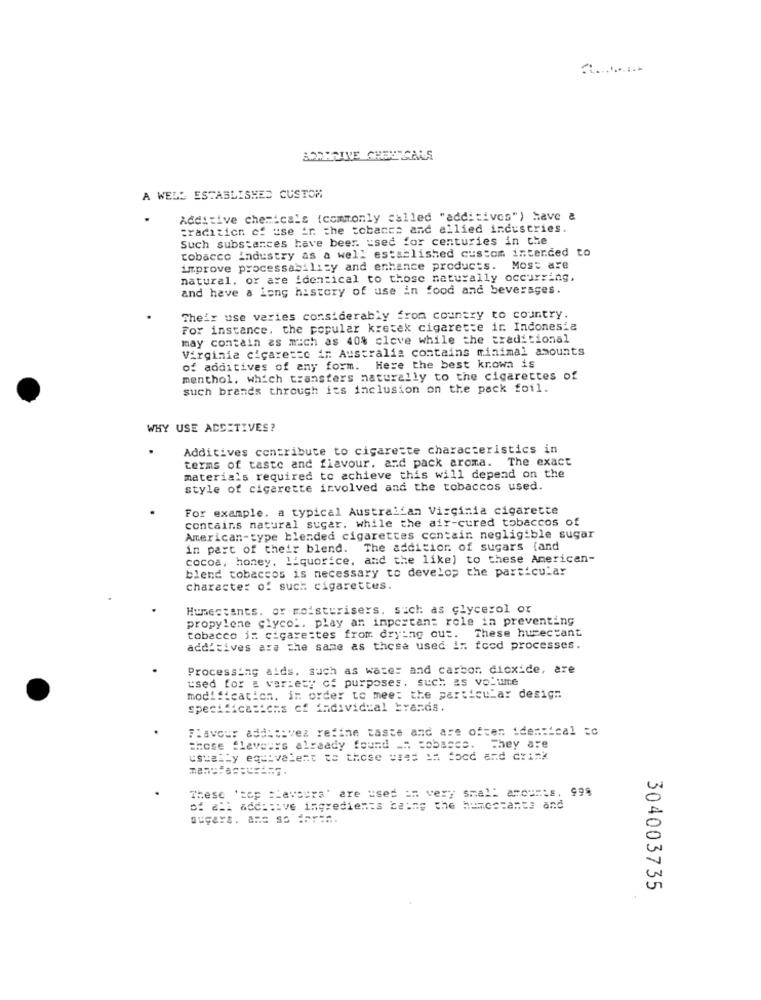
BOORRIVE CHESTCALLS
A WELL ESTABLISHED CUSTOM
Additive chemicals (commonly called "additives") have &
tradition of use in the tobancs and allied industries.
Such substances have beer. used for centuries in the
tobacco industry as a well established custom intended to
improve processability and enhance products. Most are
natural, or are identical to those naturally occurring,
and have a long history of use in food and beverages.
Their use varies considerably from country to country.
For instance, the popular kretek cigarette ir. Indonesia
may contain as much as 40% cleve while the traditional
Virginia cigarette ir Australia contains minimal amounts
of additives of any form. Here the best krowa is
menthol, which transters naturally to the cigarettes of
such brands through its inclusion on the pack foil.
WHY USE ADDITIVES?
Additives contribute to cigarette characteristics in
terms of taste and flavour. and pack aroma. The exact
materials required to achieve this will depend on the
style of cigarette involved and the tobaccos used.
For example. a typical Australian Virginia cigarette
contains natural sugar. while the air-cured tobaccos of
American-type blended cigarettes contain negligible sugar
in part of their blend. The addition of sugars (and
cocoa, honey, liquorice, and the like) to these American-
blend tobaccos is necessary to develop the particular
Character of such cigarettes.
Humectants. or moisturisers. such as glycerol or
propylene glycol. play an important role in preventing
tobacco i: cigarettes from drying out. These humectant
additives ara the same as those used in food processes.
Processing aids. such as water and carbon dioxide, are
used for a variety of purposes, such as volume
modification, in order to meet the particular design
specifications cf individual Erands.
Flavour addto:vez refine taste and are often identical Ec
Those flaveurs already found _". Bobasce. They are
usually equivalent to those used in food and drink
These 'top =Laveurs' are used == very small amounts, 998
of all additive ingredients being the humectante and
sugars. A == ss for=
304003735